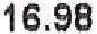
16.98